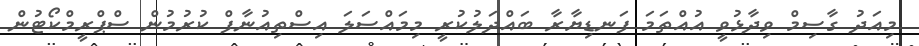
މިއަދު ގާސިމް ވިދާޅުވީ އުއްތަމަ ފަނޑިޔާރާ ބައްދަލުކުރީ މިމައްސަލަ އިސްތިއުނާފް ކުރުމުން ސްޕްރީމްކޯޓުން